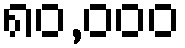
၈၀,၀၀၀